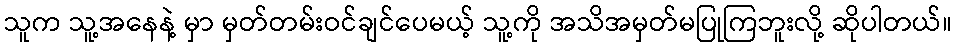
သူက သူ့အနေနဲ့ မှာ မှတ်တမ်းဝင်ချင်ပေမယ့် သူ့ကို အသိအမှတ်မပြုကြဘူးလို့ ဆိုပါတယ်။